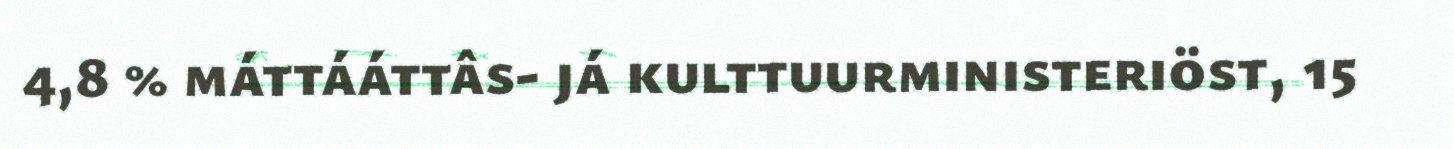
4,8 % máttááttâs- já kulttuurministeriöst, 15